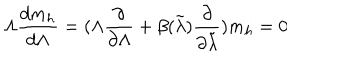
LaTeX: \Lambda { \frac { d m _ { h } } { d \Lambda } } = ( \Lambda { \frac { \partial } { \partial \Lambda } } + \beta ( \tilde { \lambda } ) { \frac { \partial } { \partial \tilde { \lambda } } } ) m _ { h } = 0